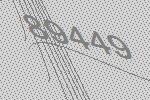
89449